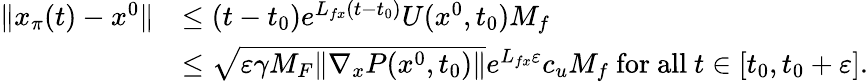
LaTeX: \begin{array}{rl}{\| x_{\pi}(t)-x^{0}\| }&{\le(t-t_{0})e^{L_{fx}(t-t_{0})}U(x^{0},t_{0})M_{f}}\\ &{\le\sqrt{\varepsilon\gamma{M_{F}}\| \nabla_{x}P(x^{0},t_{0})\| }e^{L_{fx}\varepsilon}c_{u}M_{f}\mathrm{~for~all~}t\in[t_{0},t_{0}+\varepsilon].}\end{array}